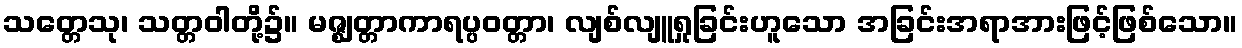
သတ္တေသု၊ သတ္တဝါတို့၌။ မဇ္ဈတ္တာကာရပ္ပဝတ္တာ၊ လျစ်လျူရှုခြင်းဟူသော အခြင်းအရာအားဖြင့်ဖြစ်သော။